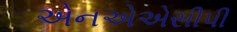
એનએએસીપી